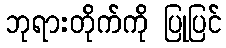
ဘုရားတိုက်ကို ပြုပြင်